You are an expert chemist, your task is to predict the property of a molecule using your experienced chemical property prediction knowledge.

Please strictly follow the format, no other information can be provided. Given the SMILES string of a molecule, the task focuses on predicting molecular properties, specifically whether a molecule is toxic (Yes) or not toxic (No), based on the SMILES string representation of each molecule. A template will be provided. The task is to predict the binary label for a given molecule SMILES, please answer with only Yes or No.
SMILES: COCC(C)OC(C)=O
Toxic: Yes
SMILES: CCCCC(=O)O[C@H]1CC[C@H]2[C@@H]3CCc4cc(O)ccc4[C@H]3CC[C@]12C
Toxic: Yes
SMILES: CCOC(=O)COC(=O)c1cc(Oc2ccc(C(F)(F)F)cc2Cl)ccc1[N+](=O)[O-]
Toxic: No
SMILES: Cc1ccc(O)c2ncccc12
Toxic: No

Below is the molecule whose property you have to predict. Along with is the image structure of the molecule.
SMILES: CC(=O)OCC1=C(C(=O)O)N2C(=O)[C@@H](NC(=O)Cc3ccccc3)[C@H]2SC1
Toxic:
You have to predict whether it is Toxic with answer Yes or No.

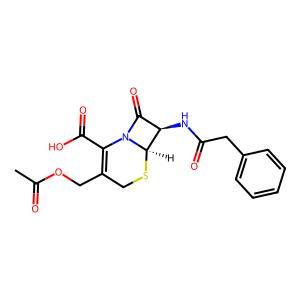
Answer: No